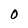
Character: 0